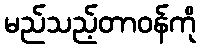
မည်သည့်တာဝန်ကို